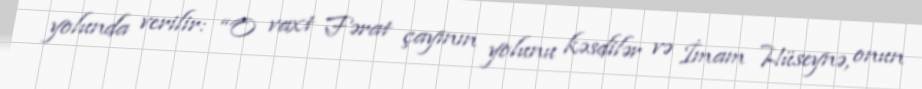
yolunda verilir: “O vaxt Fərat çayının yolunu kəsdilər və İmam Hüseynə, onun